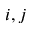
i , j